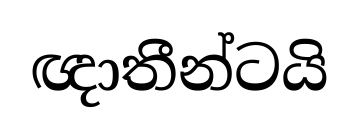
ඥාතීන්ටයි